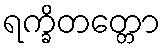
ရက္ခိတတ္တော